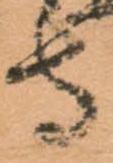
守